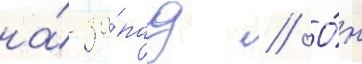
на́ за́пад // О́н